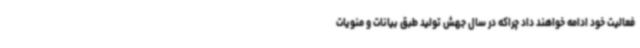
فعالیت خود ادامه خواهند داد چراکه در سال جهش تولید طبق بیانات و منویات